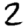
Digit: 2